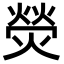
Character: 熒